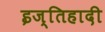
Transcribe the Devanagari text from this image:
इज्तिहादी